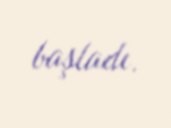
başladı.